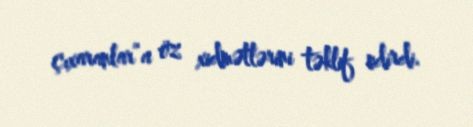
çıxaranlar”a öz xidmətlərini təklif edirdi.